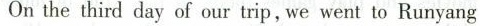
On the third day of our trip,we went to Runyang